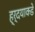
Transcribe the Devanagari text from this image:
ह्र्दयाकडे